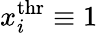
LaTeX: x_{i}^{\mathrm{thr}}\equiv 1